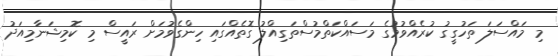
މި މައްސަލަ ތަހުގީގު ކުރެއްވުމުގެ މަސައްކަތްމުސްތަގިއްލު ގޮތެއްގައި ހިންގެވުމަށް ރައީސް މި ކޮމިޝަނާމިއަދު